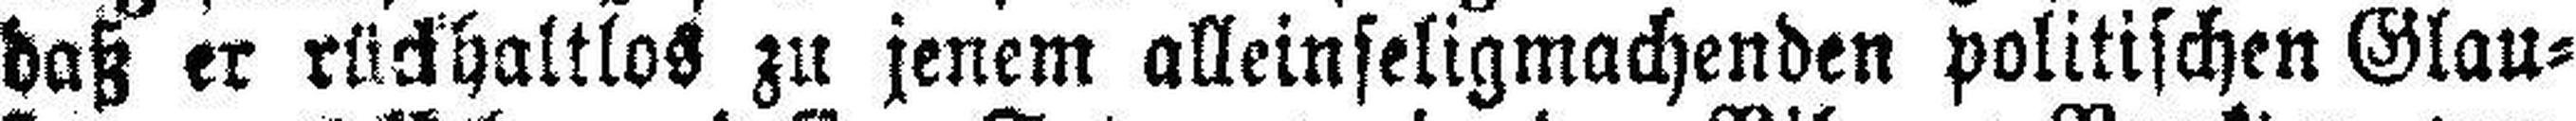
daß er rückhaltlos zu jenem alleinseligmachenden politischen Glau¬